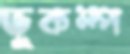
ভূকম্প